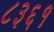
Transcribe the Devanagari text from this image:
८३६१